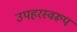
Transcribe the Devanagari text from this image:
उपहरस्वरूप